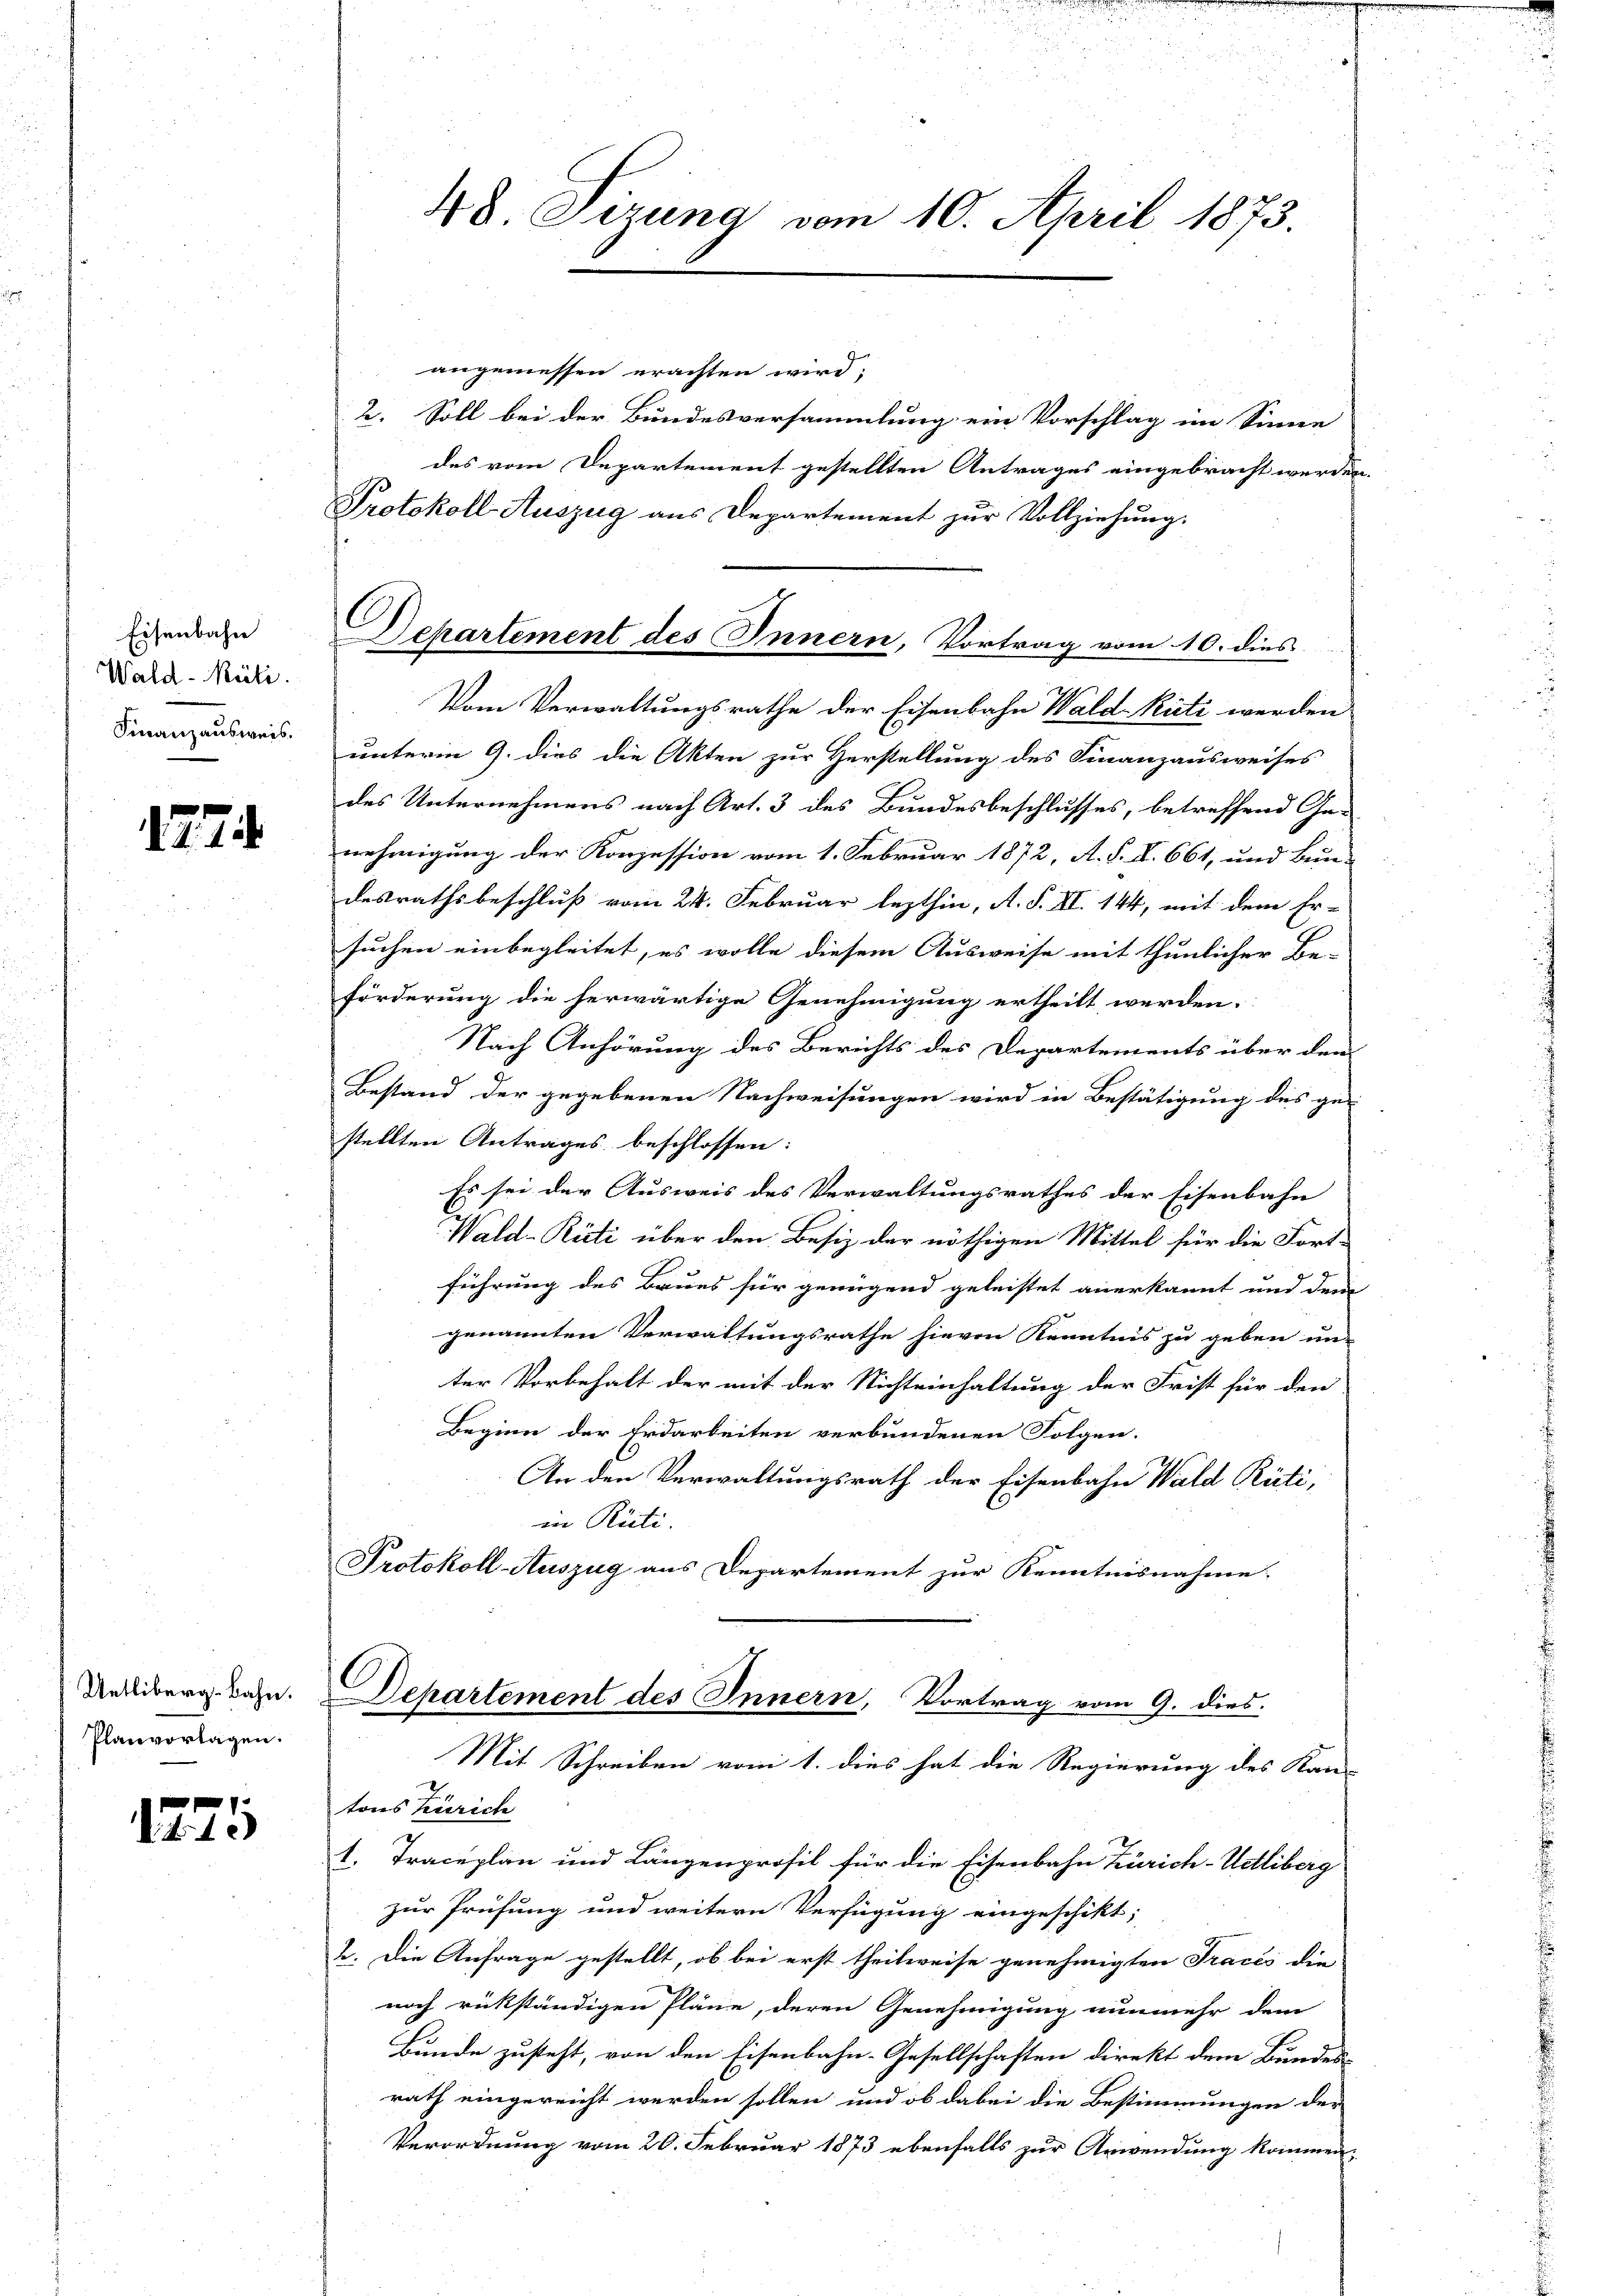
Eisenbahn
Wald–Rüti.
Finanzausweis.

127

Uetliberg-Bahn.
Planvorlagen.

125

48. Sizung vom 10. April 1873.

angemessen erachten wird;
2. Soll bei der Bundesversammlung ein Vorschlag im Sinne
des vom Departement gestellten Antrages eingebracht werde.
Protokoll Auszug aus Departement zur Vollziehung,
Vom Verwaltungsrathe der Eisenbahn Wald Rüti werden
unterm 9. dies die Akten zur Herstellung des Finanzausweises
des Unternehmens nach Art. 3 des Bundesbeschlusses, betreffend Ga-
nehmigung der Konzession vom 1. Februar 1872, A. S. I. 661, und Bein-
desrathsbeschluß vom 24. Februar lezthin, A. S. II. 144, mit dem Er-
suchen einbegleitet, es wolle diesem Ausweise mit thunlicher Be-
förderung die herwärtige Genehmigung ertheilt werden.
Nach Anhörung des Berichts des Departements über den
Bestand der gegebenen Nachweisungen wird in Bestätigung des ge-
stellten Antrages beschlossen:
Es sei der Ausweis des Verwaltungsrathes der Eisenbahn
Wald–Rüti über den Besiz der nöthigen Mittel für die Fort-
führung des Baues für genügend geleistet anerkannt und dem
genannten Verwaltungsrathe hievon Kenntnis zu geben un-
ter Vorbehalt der mit der Nichteinhaltung der Frist für den
Beginn der Erdarbeiten verbundenen Folgen.
An den Verwaltungsrath der Eisenbahn Wald Rüti,
in Rüti.
Protokoll-Auszug aus Departement zur Kenntnisnahme.
Departement des Innern, Vortrag vom 9. dies.
Mit Schreiben vom 1. dies hat die Regierung des Kan-
tons Zürich
1. Traceplan und Längenprofil für die Eisenbahn Zürich-Uetliberg
zur Prüfung und weitere Verfügung eingeschikt;
2. Die Anfrage gestellt, ob bei erst theilweise genehmigten Tracés die
nach rükständigen Pläne, deren Genehmigung nunmehr dem
Bunde zusteht, von den Eisenbahn-Gesellschaften direkt dem Bundes-
rath eingereicht werden sollen und ob dabei die Bestimmungen der
Verordnung vom 20. Februar 1873 ebenfalls zur Anwendung kommen,

Departement des Innern, Vortrag vom 10. dies